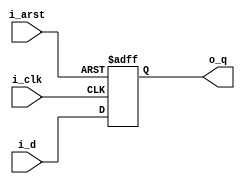
module dff32 (i_clk, i_arst, i_d, o_q);

parameter WIDTH = 32;

input i_clk;
input i_arst;
input [WIDTH-1:0] i_d;
output [WIDTH-1:0] o_q;
reg [WIDTH-1:0] o_q;
always @(posedge i_clk or posedge i_arst) begin
if(i_arst) begin
	o_q <= {WIDTH{1'b0}};
	end else begin 
   o_q <= i_d;
	end
end
endmodule